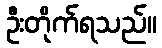
ဦးတိုက်ရသည်။